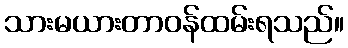
သားမယားတာဝန်ထမ်းရသည်။